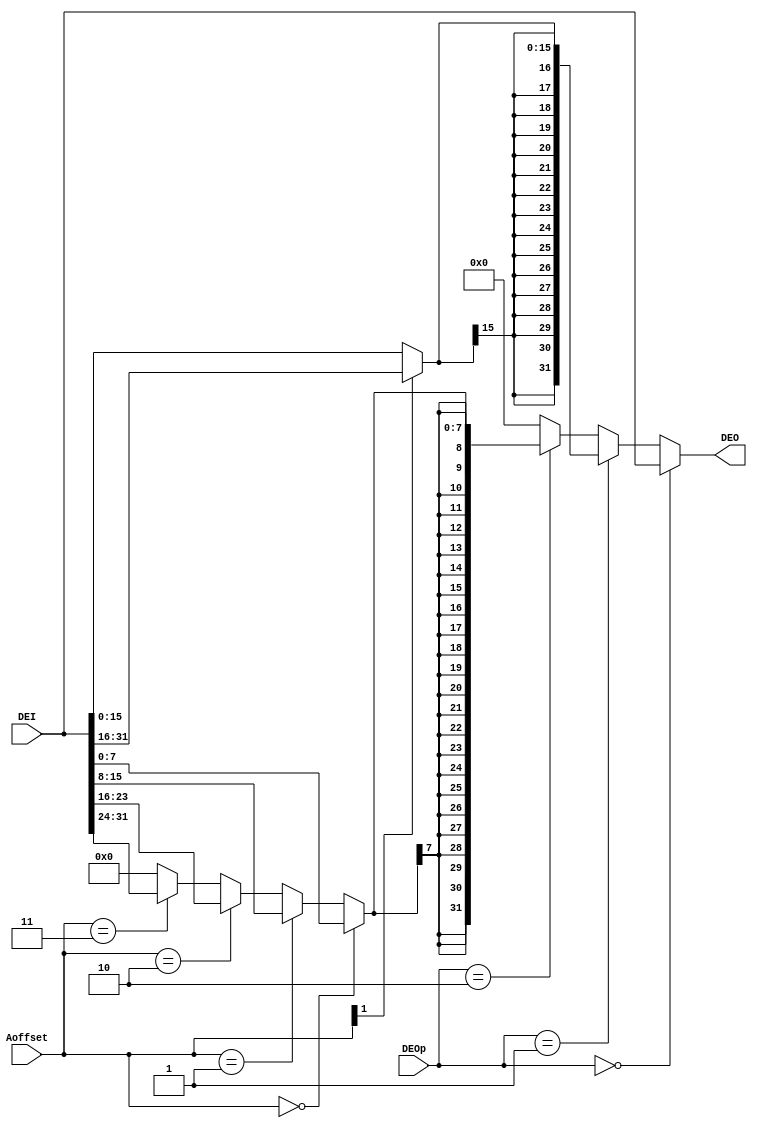
`timescale 1ns / 1ps

module M_DE(
    input [31:0] DEI,
    input [4:0] DEOp,
    input [1:0] Aoffset,
    output [31:0] DEO
    );

    wire [31:0] lw = DEI;

    wire [15:0] half = 
        (Aoffset[1]==1'b0)? DEI[15:0]:
        (Aoffset[1]==1'b1)? DEI[31:16]:
        16'd0;
    wire [31:0] lh = {{16{half[15]}}, half};

    wire [7:0] byte = 
        (Aoffset==2'b00)? DEI[7:0]:
        (Aoffset==2'b01)? DEI[15:8]:
        (Aoffset==2'b10)? DEI[23:16]:
        (Aoffset==2'b11)? DEI[31:24]:
        8'd0;
    wire [31:0] lb = {{24{byte[7]}}, byte};

    assign DEO = 
        (DEOp==4'd0)? lw:
        (DEOp==4'd1)? lh:
        (DEOp==4'd2)? lb:
        32'd0;
endmodule